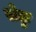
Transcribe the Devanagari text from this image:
सेतुः